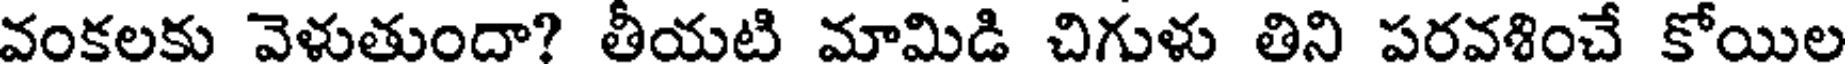
వంకలకు వెళుతుందా? తీయటి మామిడి చిగుళు తిని పరవశించే కోయిల